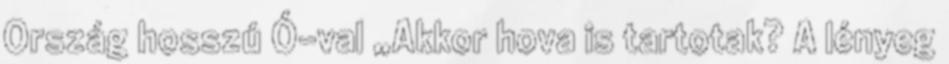
Ország hosszú Ó-val „Akkor hova is tartotak? A lényeg